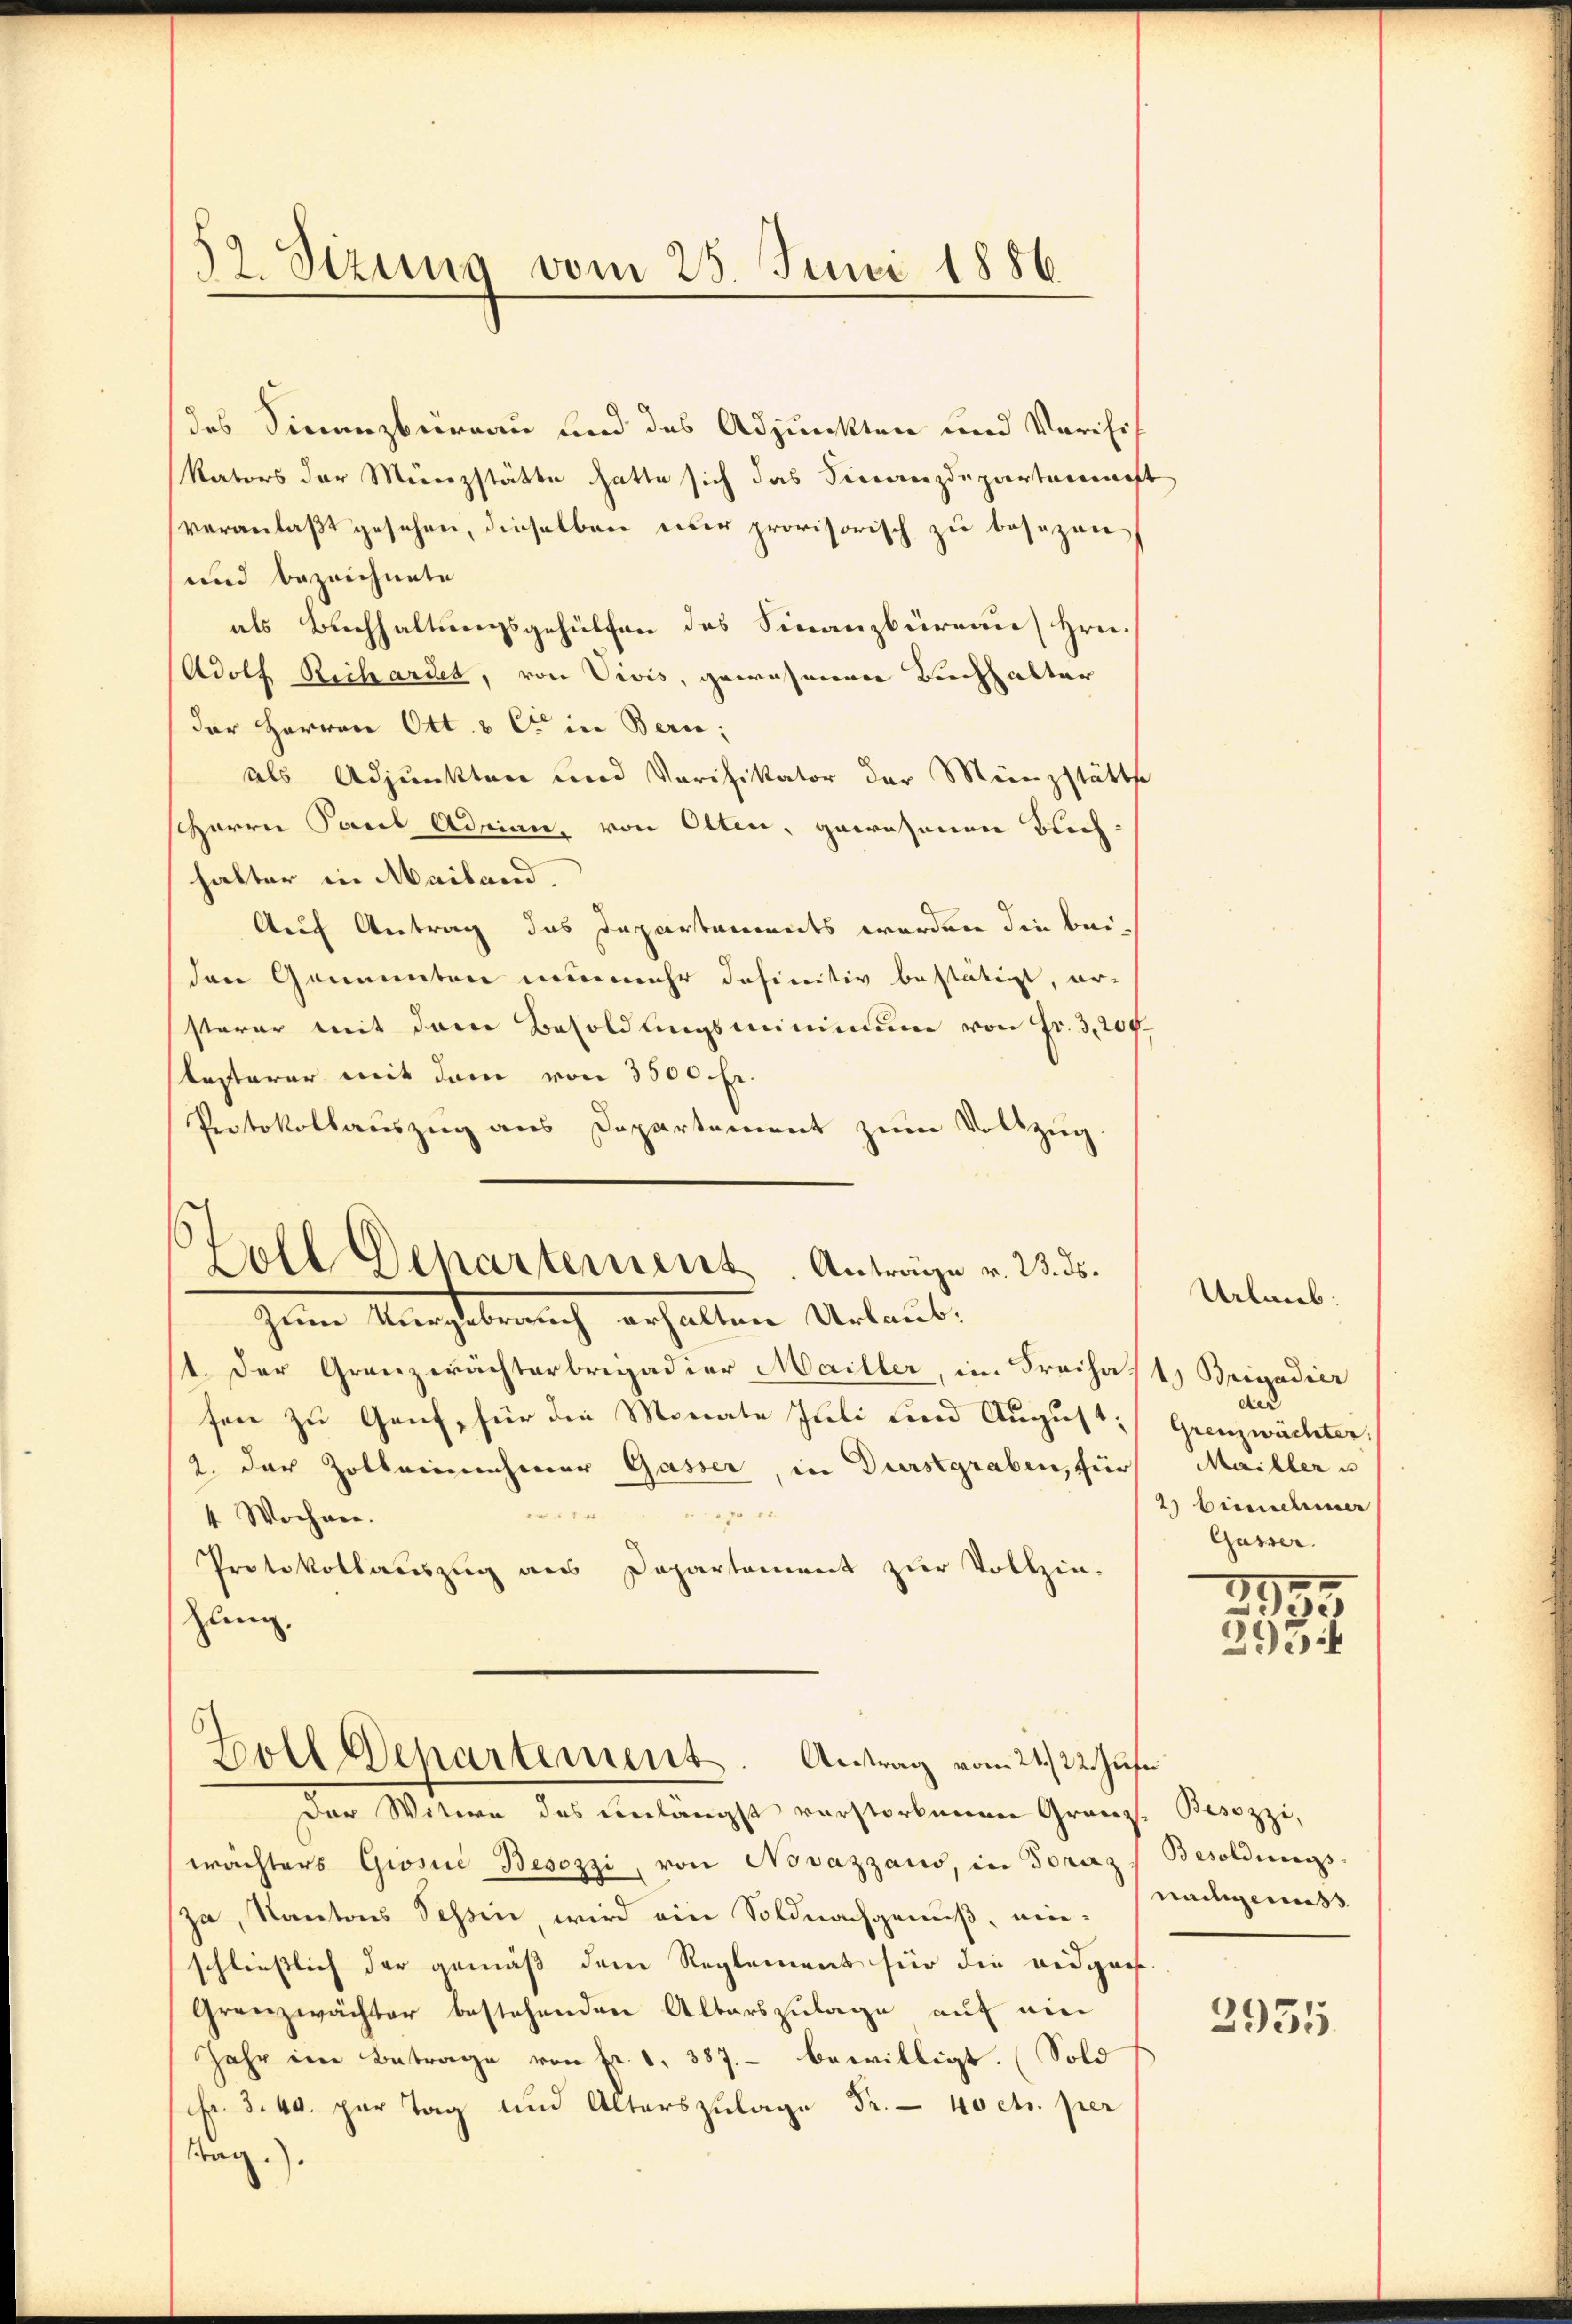
2. Sizung vom 25. Juni 1886.

des Finanzbüreau und des Adjunkten und Vorihr¬
Nators der Menzstätte hatte sich das Finanzdepartenmaft
veranlaßt gesehen, dieselben nur provisorisch zu besezen
und bezeichnete
als Buchhaltungsgehülfen des Finanzbüreau Hrn.
Adolf Richardes, von Vivis, gewesenen Buchhalter
der Herren Ott & Cie in Bern;
als Adjunkten und Verifikator der Münzstätt
Herrn Paul Admian, von Olten, gewesenen Buchhalter in Mailand.
Auf Antrag das Departements werden die beiden Genannten nunmehr definitiv bestätigt, er-
sterer mit dem Besoldŭngsminimum von Fr. 3,200
besterer mit dem von 3500 Fr.
Protokollauszug aus Departement zum Vollzug.
zum Vergebrauch erhalten Urlaub¬
1. Der Granzwächterbrigadier Mailler, im Freiha
fen zu Genf, für die Monate Juli und August,
2. der Zollernehmer Gasser, in Durstgraben, für
2 pr 14.
4 Wochen.
Protokollauszug aus Departement zur Vollzie-
zung,
Zoll Departement. Antrag vom 24. 22. Jusi
Der Witwe des unlängst verstorbenen Granz-Besozzi,
wächters Giosine Besozzi, von Novazzaus, in Foraz
za, Kantons Tessin, wird ein Soldnachgenuß, einschließlich der gemäß dem Reglement für die Bedgas
Grenzwächter bestehenden Alterszulage auf ein
Jahr im Betrage von Fr. 1, 387. bewilligt. (Sold
Fr. 3. 40. par Tag und Alterszulage Fr. - 40 cts. per
Tag).

Zoll Departement. Anträge v. 23. ds.

3

Urlaub.
1.) Brigadier
des
Grenzwächter,
Maibler u
2) binnehmer
Gasser.

1

ide
295.

Besoldungs-
nachgemess

2935